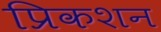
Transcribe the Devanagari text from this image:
प्रिकशन